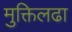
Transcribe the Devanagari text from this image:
मुक्तिलढा